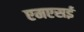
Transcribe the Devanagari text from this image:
एमएसई